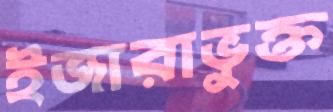
ইজারাভুক্ত